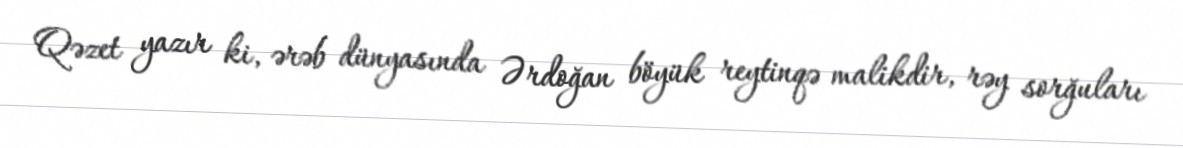
Qəzet yazır ki, ərəb dünyasında Ərdoğan böyük reytinqə malikdir, rəy sorğuları